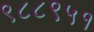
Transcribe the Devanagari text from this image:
९८८९५१